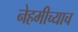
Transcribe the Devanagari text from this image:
नेहमीच्याच